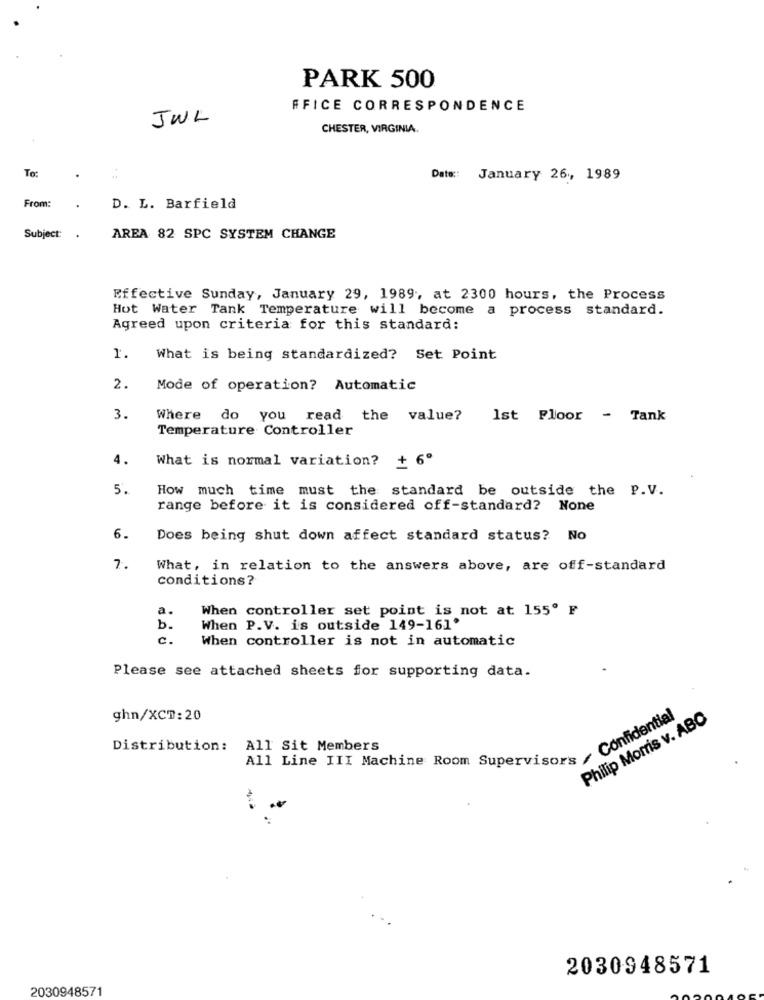
PARK 500
FFICE CORRESPONDENCE
JUL
CHESTER, VIRGINIA.
To:
Date :: January 26, 1989
From:
D. L. Barfield
Subject:
AREA 82 SPC SYSTEM CHANGE
Effective Sunday, January 29, 1989, at 2300 hours, the Process
Hot Water Tank Temperature will become a process standard.
Agreed upon criteria for this standard:
1.
What is being standardized? Set Point
2.
Mode of operation? Automatic
3.
Where do you read the value?
1st Floor - Tank
Temperature Controller
4.
What is normal variation? + 6º
5
How much time must the standard be outside the P.V.
range before it is considered off-standard? None
6.
Does being shut down affect standard status? No
7.
What, in relation to the answers above, are off-standard
conditions?
a.
When controller set point is not at 155º F
b.
When P.V. is outside 149-161'
c.
When controller is not in automatic
Please see attached sheets for supporting data.
ghn/XCT: 20
Philip Morris v. ABC
Distribution: All Sit Members
11 Line III Machine Room Supervisor Confidente
2030948571
2030948571